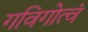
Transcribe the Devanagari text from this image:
गविगोत्वं